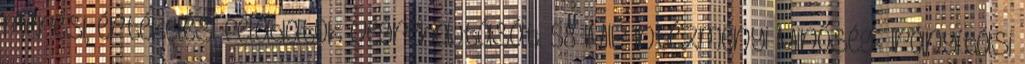
mérési, értékelési feladatok végrehajtását. 58 IMIP Intézményi Minőség- Irányítási